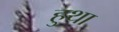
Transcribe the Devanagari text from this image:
हुथा